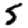
Digit: 5